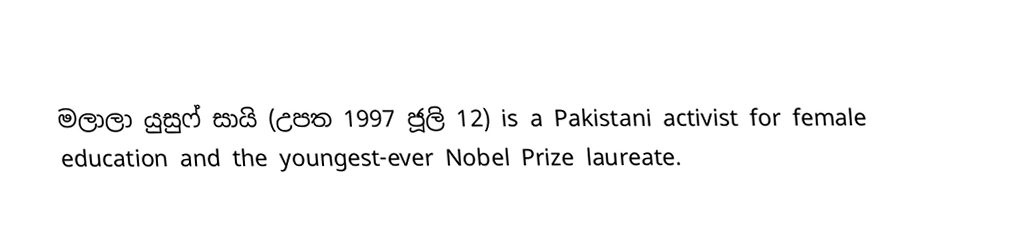
මලාලා යුසුෆ් සායි  (උපත 1997 ජූලි 12)  is a Pakistani activist for female education and the youngest-ever Nobel Prize laureate.